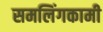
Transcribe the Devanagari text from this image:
समलिंगकामी